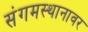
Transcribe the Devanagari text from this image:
संगमस्थानावर